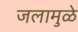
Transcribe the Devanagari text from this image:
जलामुळे